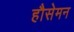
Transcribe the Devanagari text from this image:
हौसेमन